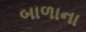
બાળાના